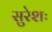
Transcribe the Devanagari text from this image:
सुरेशः